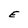
Character: E